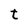
Character: t